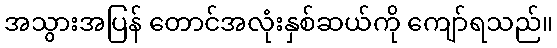
အသွားအပြန် တောင်အလုံးနှစ်ဆယ်ကို ကျော်ရသည်။